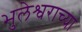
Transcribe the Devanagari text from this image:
भुलेश्वराच्या